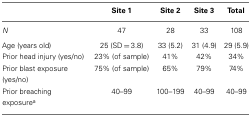
<table><thead><tr><td></td><td><b>Site 1</b></td><td><b>Site 2</b></td><td><b>Site 3</b></td><td><b>Total</b></td></tr></thead><tbody><tr><td><i>N</i></td><td>47</td><td>28</td><td>33</td><td>108</td></tr><tr><td>Age (years old)</td><td>25 (SD = 3.8)</td><td>33 (5.2)</td><td>31 (4.9)</td><td>29 (5.9)</td></tr><tr><td>Prior head injury (yes/no)</td><td>23% (of sample)</td><td>41%</td><td>42%</td><td>34%</td></tr><tr><td>Prior blast exposure (yes/no)</td><td>75% (of sample)</td><td>65%</td><td>79%</td><td>74%</td></tr><tr><td>Prior breaching exposure<sup>a</sup></td><td>40–99</td><td>100–199</td><td>40–99</td><td>40–99</td></tr></tbody></table>